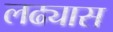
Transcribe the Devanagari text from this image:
लढ्यास